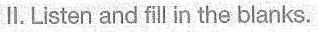
Ⅱ. Listen and fill in the blanks